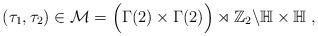
LaTeX: \begin{align*} (\tau_1, \tau_2) \in \mathcal{M} = \Big( \Gamma(2) \times \Gamma(2) \Big) \rtimes \mathbb{Z}_2 \backslash \mathbb{H} \times \mathbb{H} \;,\end{align*}